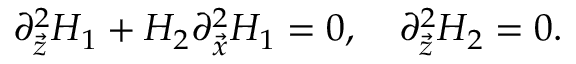
\partial _ { \vec { z } } ^ { 2 } H _ { 1 } + H _ { 2 } \partial _ { \vec { x } } ^ { 2 } H _ { 1 } = 0 , \ \ \ \partial _ { \vec { z } } ^ { 2 } H _ { 2 } = 0 .